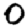
Digit: 0